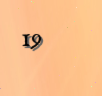
19